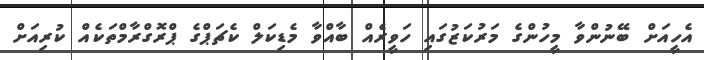
އެހީއަށް ބޭނުންވާ މީހުންގެ މަރުކަޒުގައި ހަވީރެއް ބާއްވާ މެޑިކަލް ކެޗަޕްގެ ޕްރޮގްރާމްތަކެއް ކުރިއަށް